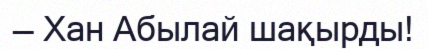
— Хан Абылай шақырды!